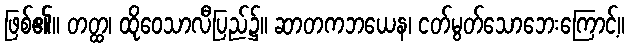
ဖြစ်၏။ တတ္ထ၊ ထိုဝေသာလီပြည်၌။ ဆာတကဘယေန၊ ငတ်မွတ်သောဘေးကြောင့်။